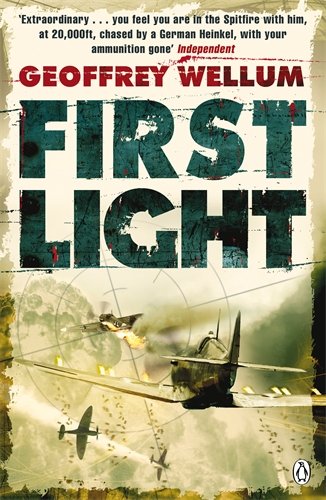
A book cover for First Light (WWII Collection); Geoffrey Wellum; Biographies & Memoirs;